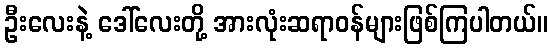
ဦးလေးနဲ့ ဒေါ်လေးတို့ အားလုံးဆရာဝန်များဖြစ်ကြပါတယ်။